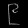
Digit: ၉